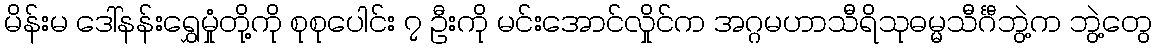
မိန်းမ ဒေါ်နန်းရွှေမှုံတို့ကို စုစုပေါင်း ၇ ဦးကို မင်းအောင်လှိုင်က အဂ္ဂမဟာသီရိသုဓမ္မသီင်္ဂီဘွဲ့က ဘွဲ့တွေ